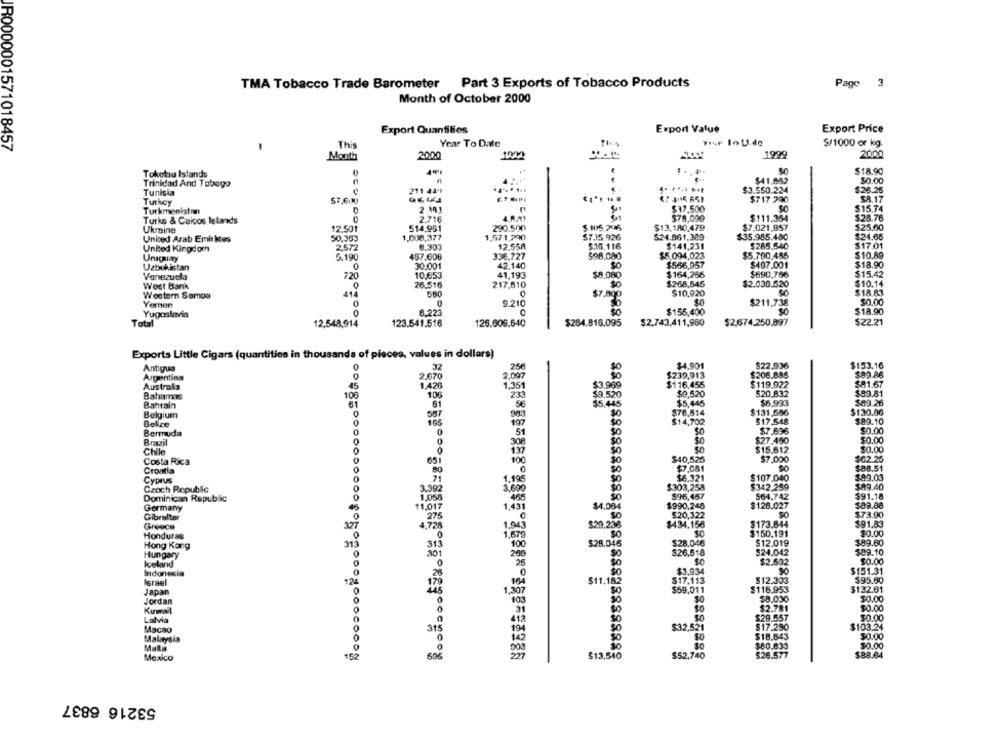
TMA Tobacco Trade Barometer Part 3 Exports of Tobacco Products
Page 3
Month of October 2000
Export Quantities
Export Value
Export Price
R0000001571018457
This
Year To Date
$/1000 or kg.
Month
2000
1999
2000
$18.90
Toketou Istands
$41.852
Trinidad And Tobago
$0.00
Tunisia
211 4441
.. .... ...
$3.550.224
$26.26
Turkey
57.600
$717.290
SA.17
2 M!
$17.500
$15.74
Turkmenistan
Turks & Caicos Islands
2.716
$78.090
$111.364
$28.76
Ukraine
12.501
514.961
230.500
$ 105.296
$13,180,479
$7.021,957
$25.60
United Arab Emirates
50,363
1,008.377
1.571,790
$7.15.926
524.961.309
$35.985.480
$24.65
12.55A
$.16,116
$285.540
$17.01
United Kingdom
2,572
8.303
$141,231
Uruguay
5.190
457.606
336.727
$98,080
$5.094,023
$5.790.486
$10.89
Uzbekistan
30.001
42.140
$0
$566,957
$497.001
$18.90
Venezuela
720
10,653
41,193
$8,080
$164,265
$690.766
$15.42
26.516
$268,845
$2.039.520
$10.14
West Bank
0
217,610
Western Samoa
414
$7,800
$10,920
$18.83
Yemen
0
0
9.210
$0
$211,738
$0.00
0
8.223
$155,400
$18.90
Yugoslavia
Total
12,548,914
123.541.516
126.609.640
$284.816,095
$2,743,411,960
$2,674.250,897
$22.21
Exports Little Cigars (quantities in thousands of pieces, values in dollars)
$4.901
$22.936
Antigua
32
256
$153.16
Argentina
2.007
$239,913
$206.885
$89.86
Australia
45
1.351
$3.969
$116.455
$119.922
$81.67
106
233
$9,520
$20.832
$83.81
Bahamas
106
$9.520
$6.993
Bahrain
61
$5,445
$89.26
Belgium
587
983
$76,814
$131,586
$130.86
Belize
165
197
30
$14,702
$17.548
$89.10
51
50
$7.696
$0.00
Bermuda
0
50
Brazil
308
$0
$27.450
$0.00
Chile
137
$0
$15.612
$0.00
Costa Rica
651
100
30
$40,525
$7,000
$62.25
$7.081
$88.51
Croatia
30
Cyprus
0
1.195
$6.321
$107.040
$89.03
Czoch Republic
0
3.392
$303,258
$342.259
$89.40
Dominican Republic
1,058
596,457
$64.742
$91.18
$128.027
$89.88
Germany
11.017
$4.064
Gibraltar
275
$20,322
$73.90
Greece
327
1.943
$20.236
$434.156
$173.844
$91.83
Honduras
4.728
50
$150.191
$0.00
1,67
$12.019
$89.60
Hong Kong
313
313
100
$28.045
$28,046
Hungary
301
$26.518
524.042
$09.10
Iceland
25
"$0
$2.632
$0.00
Indonesia
0
30
$151.31
$3.934
$12.303
$95.60
Israel
124
164
$11.182
$17.113
$116.953
Japan
307
SO
$59.011
$132.61
Jordan
$8.000
$0.00
Kuwait
31
$2.781
$0.00
Latvia
418
50
$29.557
$0.00
Macao
315
19
$32,521
$17.280
$103.24
Malaysia
142
$18.643
$0.00
$80.833
$0.00
Mala
$13,540
30
$26.577
Mexico
696
227
$52,740
$88.64
53216 6837